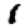
Digit: 1